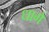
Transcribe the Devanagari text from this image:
धागें